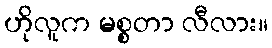
ဟိုလူက မစ္စတာ လီလား။